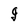
Character: g